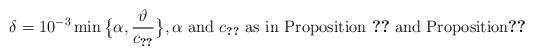
LaTeX: \begin{align*} \delta = 10^{-3} \min\big\{ \alpha, \frac{\vartheta}{c_{\ref{prop12.1}}}\big\},\text{$\alpha$ and $c_{\ref{prop12.1}}$ as in Proposition \ref{propm1.3} and Proposition\ref{prop12.1}} \end{align*}